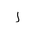
Letter: _alif